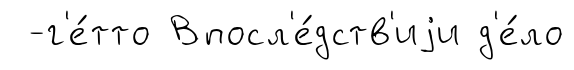
-г'е́тто Впосл'е́дств'иjи д'е́ло